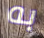
به